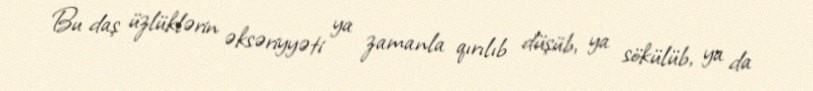
Bu daş üzlüklərin əksəriyyəti ya zamanla qırılıb düşüb, ya sökülüb, ya da